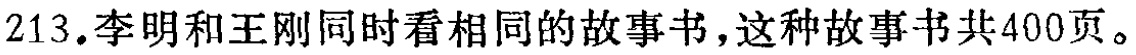
213. 李明和王刚同时看相同的故事书，这种故事书共400页。